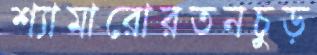
শ্যামারোরতনচুড়